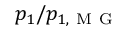
p _ { 1 } / p _ { 1 , \mathrm { ~ M ~ G ~ } }